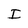
Character: I